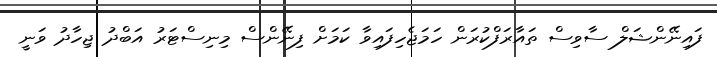
ފައިނޭންޝަލް ސާވިސް ތައާރަފްކުރަން ހަމަޖެހިފައިވާ ކަމަށް ފިނޭންސް މިނިސްޓަރު އަބްދު ޖިހާދު ވަނީ